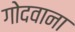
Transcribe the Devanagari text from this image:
गोदवाना